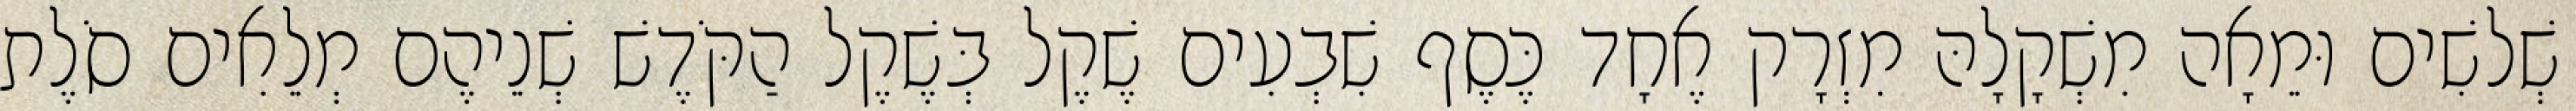
שְׁלשִׁים וּמֵאָה מִשְׁקָלָהּ מִזְרָק אֶחָד כֶּסֶף שִׁבְעִים שֶׁקֶל בְּשֶׁקֶל הַקֹּדֶשׁ שְׁנֵיהֶם מְלֵאִים סֹלֶת